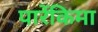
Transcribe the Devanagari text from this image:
पारेंकिमा